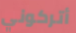
أتركوني